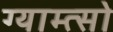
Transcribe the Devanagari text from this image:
ग्याम्त्सो